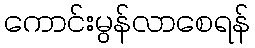
ကောင်းမွန်လာစေရန်